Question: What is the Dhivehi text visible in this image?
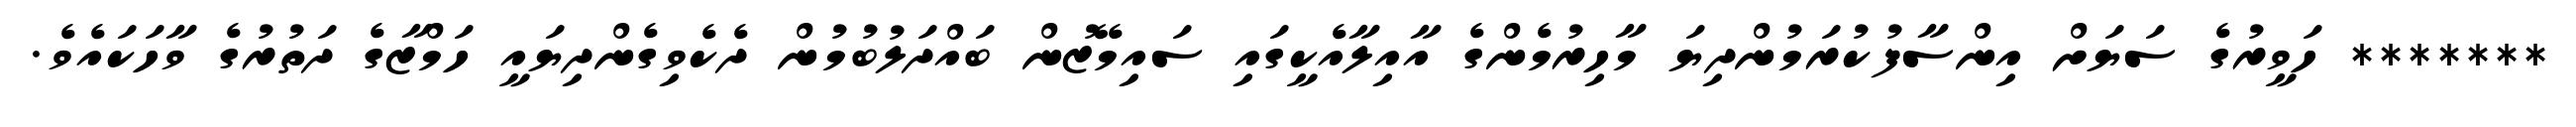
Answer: ******* ހަވީރުގެ ސަޔަށް އިންސާފުކުރަމުންދިޔަ މާހިރުމެންގެ އާއިލާއެކީގައި ސައިމޭޒުން ބައްދަލުބުމުން ދެކެވިގެންދިޔައީ ހަމްޒާގެ ދަތުރުގެ ވާހަކައެވެ.